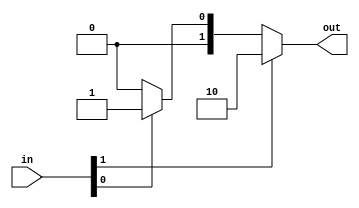
/*
   This file was generated automatically by Alchitry Labs version 1.2.7.
   Do not edit this file directly. Instead edit the original Lucid source.
   This is a temporary file and any changes made to it will be destroyed.
*/

/*
   Parameters:
     WIDTH = 2
*/
module arbiter_4 (
    input [1:0] in,
    output reg [1:0] out
  );
  
  localparam WIDTH = 2'h2;
  
  
  integer i;
  
  always @* begin
    out = 1'h0;
    for (i = 1'h0; i < 2'h2; i = i + 1) begin
      if (in[(i)*1+0-:1]) begin
        out = 1'h1 << i;
      end
    end
  end
endmodule